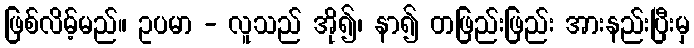
ဖြစ်လိမ့်မည်။ ဥပမာ - လူသည် အို၍၊ နာ၍ တဖြည်းဖြည်း အားနည်းပြီးမှ